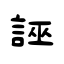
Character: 誣